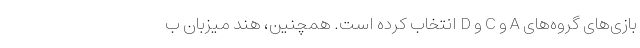
بازی‌های گروه‌های A و C و D انتخاب کرده است. همچنین، هند میزبان ب